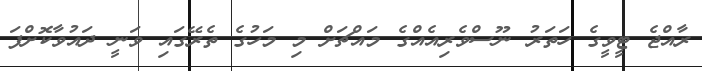
ރާއްޖެ ޓީވީގެ ހަތަރު ނޫސްވެރިއެއްގެ މައްޗަށް މި މަހުގެ ތެރޭގައި ވަނީ ދައުވާކޮށްފަ